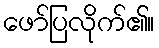
ဖော်ပြလိုက်၏။